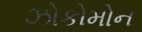
ઝોકોમોન